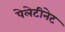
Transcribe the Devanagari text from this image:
पेलेटीनेट